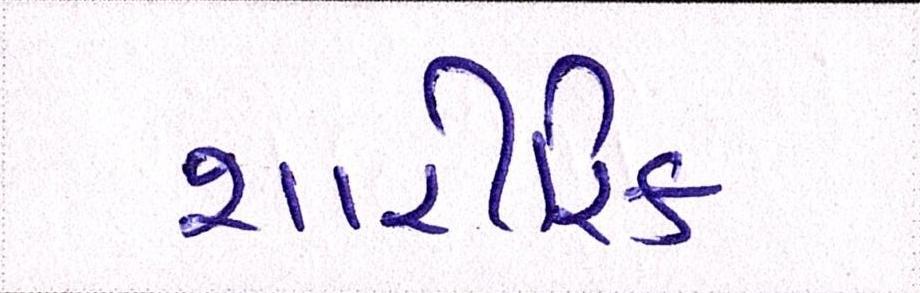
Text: શારીરિક